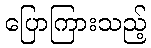
ပြောကြားသည့်